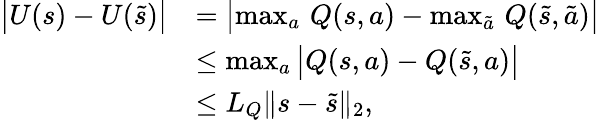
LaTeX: \begin{array}{rl}{\bigl|U(s)-U(\tilde{s})\bigr|}&{=\bigl|\operatorname*{max}_{a}\, Q(s,a)-\operatorname*{max}_{\tilde{a}}\, Q(\tilde{s},\tilde{a})\bigr|}\\ &{\leq\operatorname*{max}_{a}\, \bigl|Q(s,a)-Q(\tilde{s},a)\bigr|}\\ &{\leq L_{Q}\| s-\tilde{s}\| _{2},}\end{array}